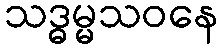
သဒ္ဓမ္မသဝနေ